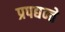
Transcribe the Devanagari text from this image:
प्रपद्यन्ते